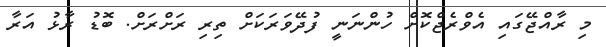
މި ރާއްޖޭގައި އެވްރެޖްކޮށް ހުންނަނީ ފުދޭވަރަކަށް ތިރި ރަށްރަށް. ބޮޑު ރާޅު އަރާ